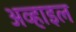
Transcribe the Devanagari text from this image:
अव्हाइल